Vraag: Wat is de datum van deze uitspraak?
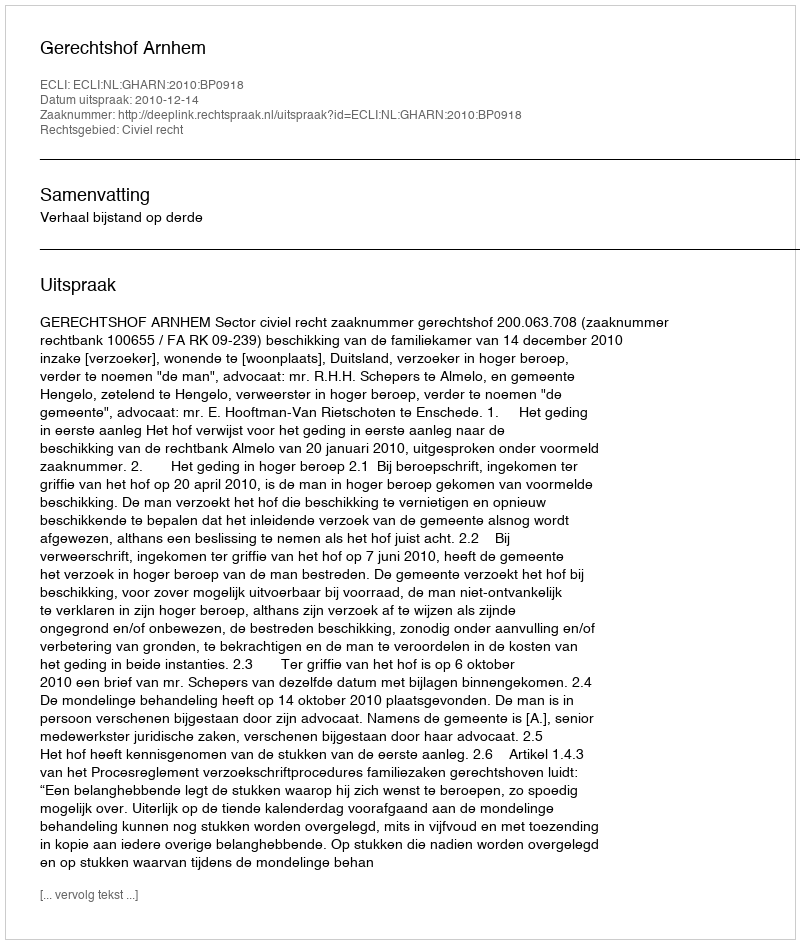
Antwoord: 2010-12-14